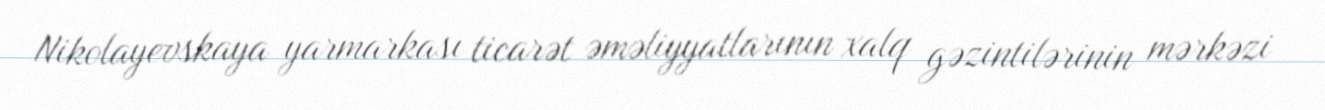
Nikolayevskaya yarmarkası ticarət əməliyyatlarının xalq gəzintilərinin mərkəzi